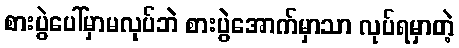
စားပွဲပေါ်မှာမလုပ်ဘဲ စားပွဲအောက်မှာသာ လုပ်ရမှာတဲ့